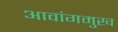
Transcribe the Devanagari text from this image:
आवांगमुख